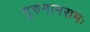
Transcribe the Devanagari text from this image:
गुरुनामसमः